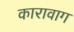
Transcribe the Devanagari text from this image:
कारावाग